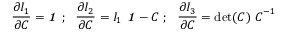
{ \frac { \partial I _ { 1 } } { \partial { \boldsymbol { C } } } } = { \boldsymbol { \mathit { 1 } } } ~ ; ~ ~ { \frac { \partial I _ { 2 } } { \partial { \boldsymbol { C } } } } = I _ { 1 } ~ { \boldsymbol { \mathit { 1 } } } - { \boldsymbol { C } } ~ ; ~ ~ { \frac { \partial I _ { 3 } } { \partial { \boldsymbol { C } } } } = \operatorname* { d e t } ( { \boldsymbol { C } } ) ~ { \boldsymbol { C } } ^ { - 1 }